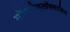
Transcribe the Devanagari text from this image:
मॉक्सीफ़्लॉक्सासिन